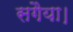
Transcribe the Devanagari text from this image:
सगैया।